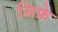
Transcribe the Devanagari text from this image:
सिफ्रे